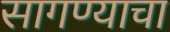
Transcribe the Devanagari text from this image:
सागण्याचा